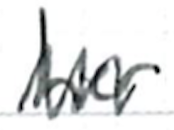
Text: her
Cross-out: zig-zag
Writing tool: ballpoint